Leaving Certificate Examination, 1922
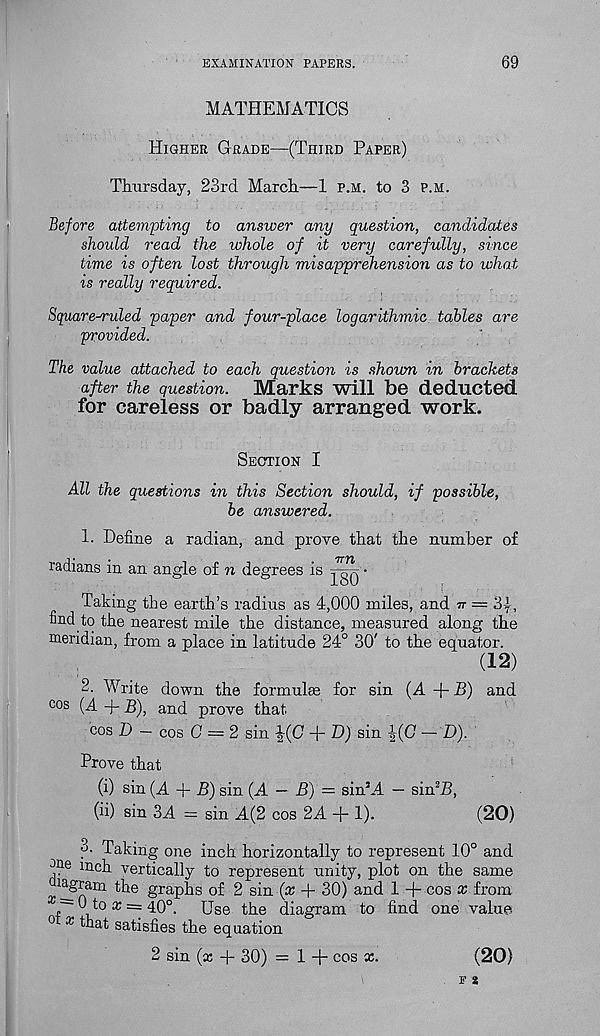
EXAMINATION PAPERS.
69
MATHEMATICS
Higher Grade—(Third Paper)
Thursday, 23rd March—1 p.m. to 3 p.m.
Before attempting to answer any question, candidates
should read the whole of it very carefully, since
time is often lost through misapprehension as to what
is really required.
Square-ruled paper and four-place logarithmic tables are
provided.
The value attached to each question is shown in brackets
after the question.
Marks will be deducted
for careless or badly arranged work.
Section I
All the questions in this Section should, if possible,
be answered.
1. Define a radian, and prove that the number of
radians in an angle of n degrees is
■
Taking the earth’s radius as 4,000 miles, and n — 3-f,
find to the nearest mile the distance, measured along the
meridian, from a place in latitude 24° 30' to the equator.
(12)
2. Write down the formulas for sin (A + B) and
cos (A + B), and prove that
cos D — cos C — 2 sin %(C + D) sin ^(C — D).
Prove that
(i) sin (A + B) sin (A — B) = sin’A — sin 2 /!,
(ii) sin 3A = sin A(2 cos 2A + 1).
(20)
3. Taking one inch horizontally to represent 10° and
^ne mch vertically to represent unity, plot on the same
^lagram the graphs of 2 sin (x + 30) and 1 + cos x from
7~ ^
x ~ 40°.
Use the diagram to find one value
0 x that satisfies the equation
2 sin (x + 30) = 1 + cos x.
(20)